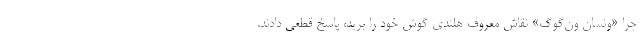
چرا «ونسان ون‌گوگ» نقاش معروف هلندی گوش خود را برید، پاسخ قطعی دادند.